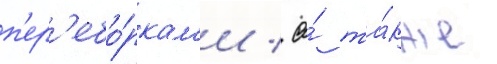
п'ер'ебо́ркам'и / а́ та́кже